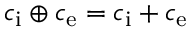
c _ { \mathrm { i } } \oplus c _ { \mathrm { e } } = c _ { \mathrm { i } } + c _ { \mathrm { e } }